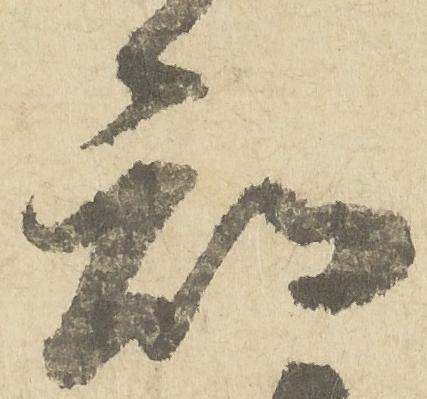
知